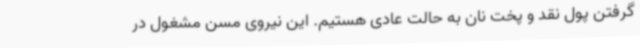
گرفتن پول نقد و پخت نان به حالت عادی هستیم. این نیروی مسن مشغول در